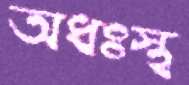
অধঃস্থ